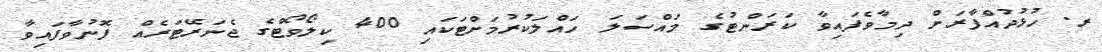
ރ. ހުޅުދުއްފާރަށް ދިމާވެފައިވާ ކަރަންޓުގެ މައްސަލަ ހައްލަކުރުމަށްޓަކައި 400 ކިލޯވޯޓްގެ ޖެނަރޭޓަރެއް ފޮނުވާފައިވާ